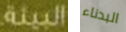
البيئة البدناء